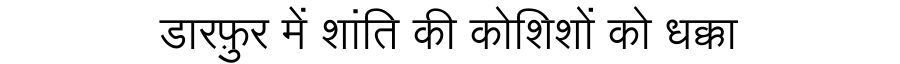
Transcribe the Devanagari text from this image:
डारफ़ुर में शांति की कोशिशों को धक्का